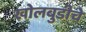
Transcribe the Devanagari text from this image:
खोलबुडीचे